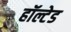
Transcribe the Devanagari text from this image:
हॉल्टेड